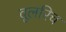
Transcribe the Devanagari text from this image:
वूलरिच